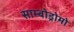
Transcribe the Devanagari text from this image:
साम्बोड्रोमो